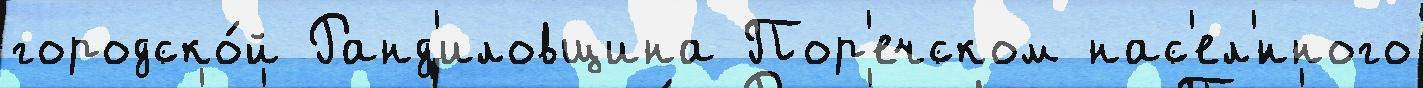
городско́й Ранд'иловщина Пор'ечском нас'ел'́нного